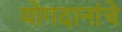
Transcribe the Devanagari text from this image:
योगदानांचे